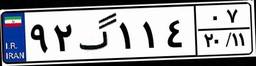
۹۲گ۱۱۴۰۷